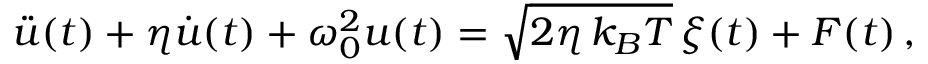
\ddot { u } ( t ) + \eta \dot { u } ( t ) + \omega _ { 0 } ^ { 2 } u ( t ) = \sqrt { 2 \eta \, k _ { B } T } \, \xi ( t ) + F ( t ) \, ,